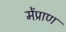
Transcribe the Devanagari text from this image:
मेंप्राण